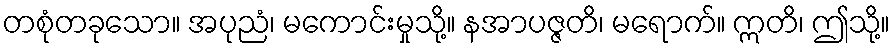
တစုံတခုသော။ အပုညံ၊ မကောင်းမှုသို့။ နအာပဇ္ဇတိ၊ မရောက်။ ဣတိ၊ ဤသို့။